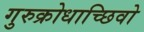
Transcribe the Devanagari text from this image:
गुरुक्रोधाच्छिवो